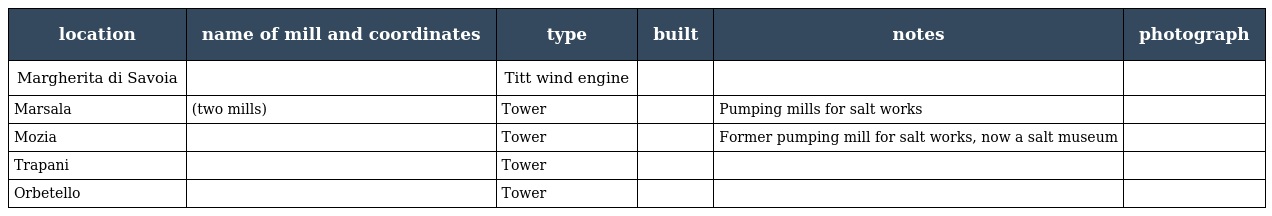
| location | name of mill and coordinates | type | built | notes | photograph |
 | --- | --- | --- | --- | --- | --- |
 | Margherita di Savoia |  | Titt wind engine |  |  |  |
 | Marsala | (two mills) | Tower |  | Pumping mills for salt works |  |
 | Mozia |  | Tower |  | Former pumping mill for salt works, now a salt museum |  |
 | Trapani |  | Tower |  |  |  |
 | Orbetello |  | Tower |  |  |  |